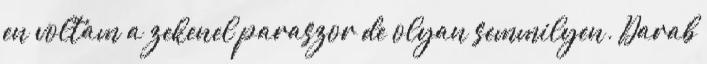
en voltam a zekenel paraszor de olyan semmilyen. Darab